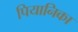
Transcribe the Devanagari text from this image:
पियानिका